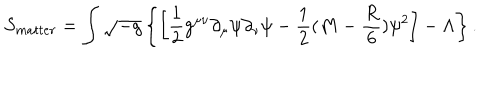
LaTeX: S _ { m a t t e r } = \int \sqrt { - g } \left\{ \left[ { \frac { 1 } { 2 } } g ^ { \mu \nu } \partial _ { \mu } \psi \partial _ { \nu } \psi - { \frac { 1 } { 2 } } ( M - { \frac { R } { 6 } } ) \psi ^ { 2 } \right] - \Lambda \right\} .